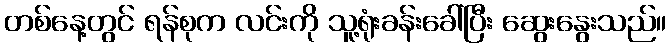
တစ်နေ့တွင် ရန်စုက လင်းကို သူ့ရုံးခန်းခေါ်ပြီး ဆွေးနွေးသည်။